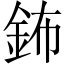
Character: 鈽